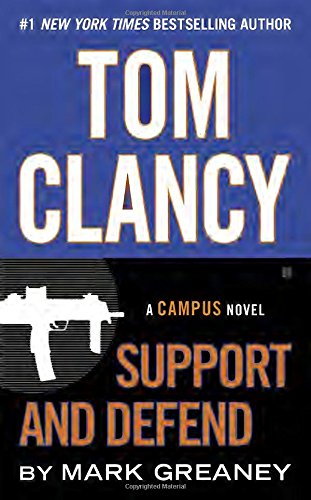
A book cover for Tom Clancy Support and Defend (A Jack Ryan Jr. Novel); Mark Greaney; Literature & Fiction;